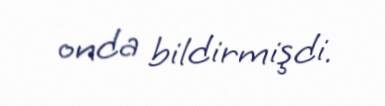
onda bildirmişdi.